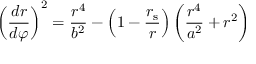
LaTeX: \left( { \frac { d r } { d \varphi } } \right) ^ { 2 } = { \frac { r ^ { 4 } } { b ^ { 2 } } } - \left( 1 - { \frac { r _ { \mathrm { { s } } } } { r } } \right) \left( { \frac { r ^ { 4 } } { a ^ { 2 } } } + r ^ { 2 } \right)